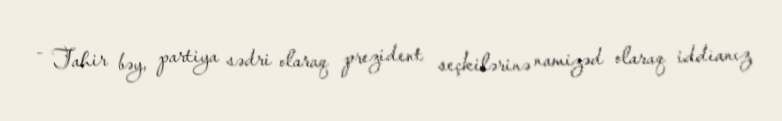
- Tahir bəy, partiya sədri olaraq prezident seçkilərinə namizəd olaraq iddianız